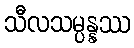
သီလသမ္ပန္နဿ